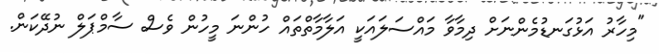
"މިހާރު އަޅުގަނޑުމެންނަށް ދިމާވާ މައްސަލައަކީ އަލާމާތްތައް ހުންނަ މީހުން ވެސް ސާމްޕަލް ނުދޭކަން.